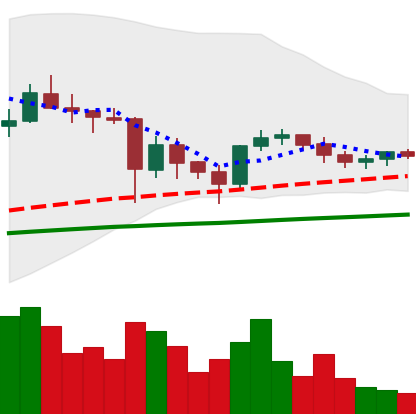
Ticker: ETC-USD
Chart end date: 2021-06-01
Forward return: -5.432%
Label: down_5_7